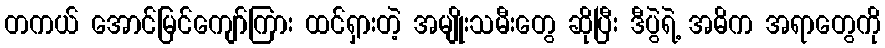
တကယ် အောင်မြင်ကျော်ကြား ထင်ရှားတဲ့ အမျိုးသမီးတွေ ဆိုပြီး ဒီပွဲရဲ့ အဓိက အရာတွေကို